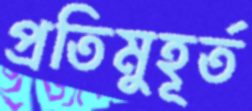
প্রতিমুহূর্ত